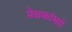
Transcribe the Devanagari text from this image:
प्रेक्षकांमधे